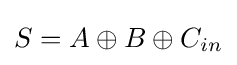
S=A\oplus B\oplus C_{in}